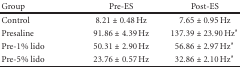
<table><thead><tr><td><b> Group</b></td><td><b>Pre-ES</b></td><td><b>Post-ES</b></td></tr></thead><tbody><tr><td>Control</td><td>8.21 ± 0.48 Hz</td><td>7.65 ± 0.95 Hz</td></tr><tr><td>Presaline</td><td>91.86 ± 4.39 Hz</td><td>137.39 ± 23.90 Hz*</td></tr><tr><td>Pre-1% lido</td><td>50.31 ± 2.90 Hz</td><td>56.86 ± 2.97 Hz*</td></tr><tr><td>Pre-5% lido</td><td>23.76 ± 0.57 Hz</td><td>32.86 ± 2.10 Hz*</td></tr></tbody></table>